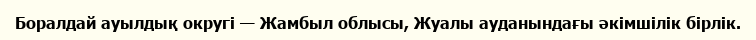
Боралдай ауылдық округі — Жамбыл облысы, Жуалы ауданындағы әкімшілік бірлік.